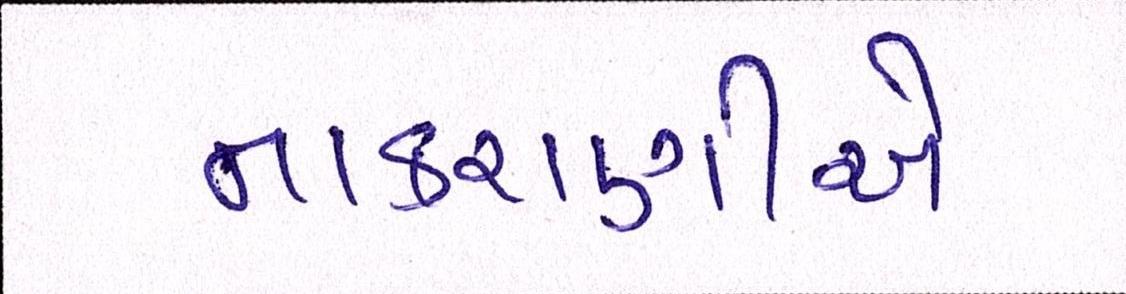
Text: નાકરાણીએ